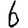
Digit: 6